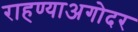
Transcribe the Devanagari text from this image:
राहण्याअगोदर